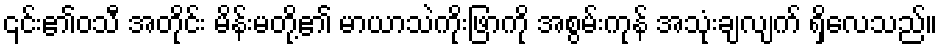
၎င်း၏ဝသီ အတိုင်း မိန်းမတို့၏ မာယာသဲကိုးဖြာကို အစွမ်းကုန် အသုံးချလျက် ရှိလေသည်။